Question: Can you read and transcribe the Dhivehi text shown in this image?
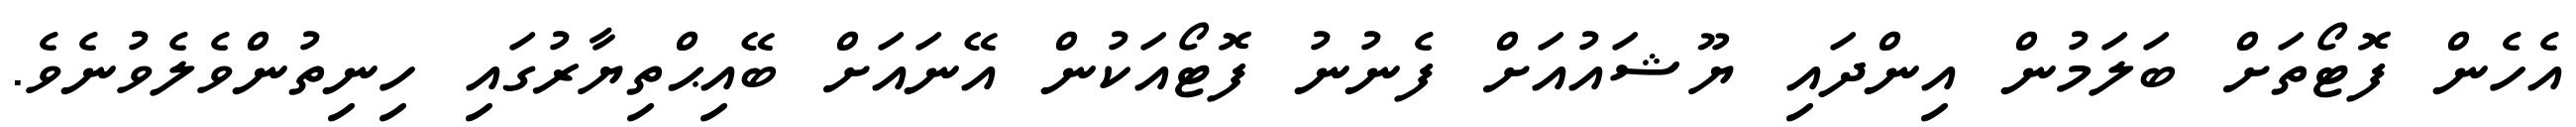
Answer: އެހެން ފޮޓޯތަށް ބަލަމުން އިންދައި ޔޫޝައުއަށް ފެނުނު ފޮޓޯއަކުން އޭނައަށް ބޭއިޙްތިޔާރުގައި ހިނިތުންވެލެވުނެވެ.